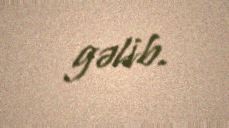
gəlib.